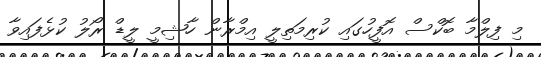
މި ފިލްމާ ބޮކްސް އޮފީހުގައި ކުރިމަތިލީ އިމްރާން ހާޝިމީ ލީޑް ރޯލު ކުޅެފައިވާ